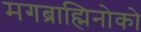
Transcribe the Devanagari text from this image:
मगब्राह्मिनोको